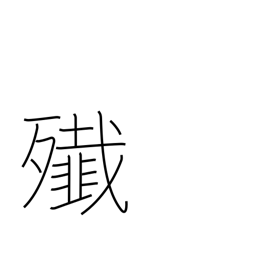
Meaning: massacre